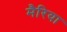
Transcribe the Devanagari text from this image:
मैरिया